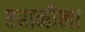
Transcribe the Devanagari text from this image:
एरानीला